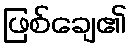
ဖြစ်ချေ၏